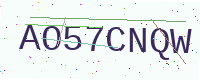
Text: AO57CNQW